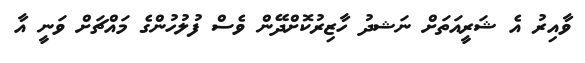
ވާއިރު އެ ޝަރީއަތަށް ނަޝދު ހާޒިރުކޮށްދޭން ވެސް ފުލުހުންގެ މައްޗަށް ވަނީ އާ